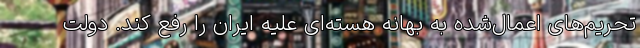
تحریم‌های اعمال‌شده به بهانه هسته‌ای علیه ایران را رفع کند. دولت